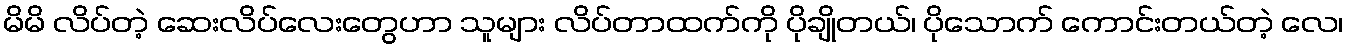
မိမိ လိပ်တဲ့ ဆေးလိပ်လေးတွေဟာ သူများ လိပ်တာထက်ကို ပိုချိုတယ်၊ ပိုသောက် ကောင်းတယ်တဲ့ လေ၊